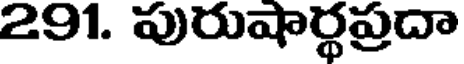
291. పురుషార్థప్రదా